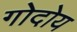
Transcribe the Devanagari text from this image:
गोदोय